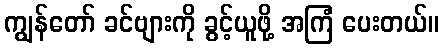
ကျွန်တော် ခင်ဗျားကို ခွင့်ယူဖို့ အကြံ ပေးတယ်။